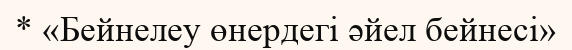
* «Бейнелеу өнердегі әйел бейнесі»